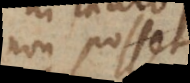
non posset;